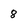
Character: 8